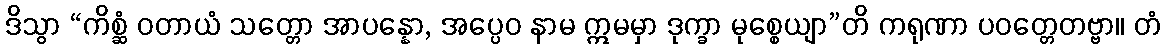
ဒိသွာ “ကိစ္ဆံ ဝတာယံ သတ္တော အာပန္နော, အပ္ပေဝ နာမ ဣမမှာ ဒုက္ခာ မုစ္စေယျာ”တိ ကရုဏာ ပဝတ္တေတဗ္ဗာ။ တံ